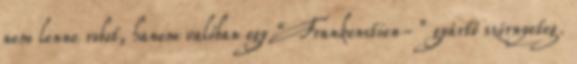
nem lenne robot, hanem valóban egy “Frankenstien-” gyártó szörnyeteg.